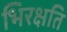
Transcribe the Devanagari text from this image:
भिरक्षति